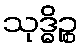
သုဒ္ဓိဉ္စ